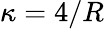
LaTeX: \kappa=4/R